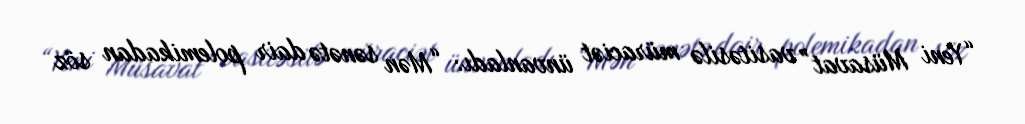
“Yeni Müsavat” vasitəsilə müraciət ünvanladı: “Mən sənətə dair polemikadan söz